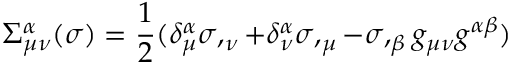
\Sigma _ { \mu \nu } ^ { \alpha } ( \sigma ) = \frac { 1 } { 2 } ( \delta _ { \mu } ^ { \alpha } \sigma , _ { \nu } + \delta _ { \nu } ^ { \alpha } \sigma , _ { \mu } - \sigma , _ { \beta } g _ { \mu \nu } g ^ { \alpha \beta } )